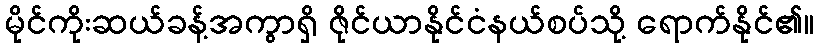
မိုင်ကိုးဆယ်ခန့်အကွာရှိ ဇိုင်ယာနိုင်ငံနယ်စပ်သို့ ရောက်နိုင်၏။